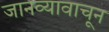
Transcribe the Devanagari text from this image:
जानव्यावाचून